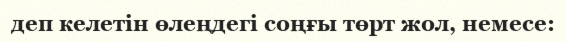
деп келетiн өлеңдегi соңғы төрт жол, немесе: